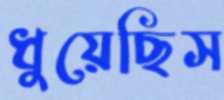
ধুয়েছিস